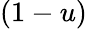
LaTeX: (1-u)